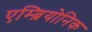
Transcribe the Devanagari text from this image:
एम्ब्रियोनिक